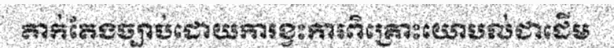
តាក់តែងច្បាប់ដោយការខ្វះការពិគ្រោះយោបល់ជាដើម